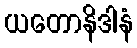
ယတောနိဒါနံ